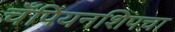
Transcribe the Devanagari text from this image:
चँपियनशिपचा